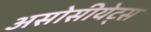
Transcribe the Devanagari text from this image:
असोसीयेट्स